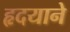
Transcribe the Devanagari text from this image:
हृदयाने